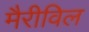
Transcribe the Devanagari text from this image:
मैरीविल